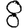
Digit: 8